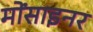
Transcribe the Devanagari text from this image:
मोंसाइनर